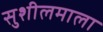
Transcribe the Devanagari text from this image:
सुशीलमाला